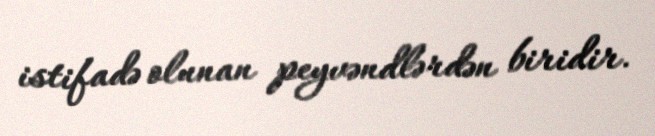
istifadə olunan peyvəndlərdən biridir.